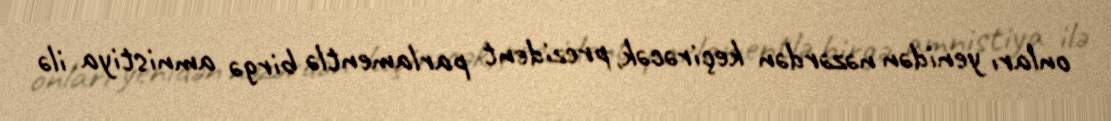
onları yenidən nəzərdən keçirəcək, prezident parlamentlə birgə amnistiya ilə